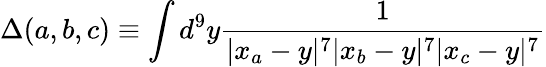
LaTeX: \Delta(a,b,c)\equiv\int d^{9}y{\frac{1}{|x_{a}-y|^{7}|x_{b}-y|^{7}|x_{c}-y|^{7}}}